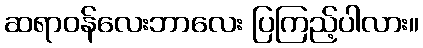
ဆရာဝန်လေးဘာလေး ပြကြည့်ပါလား။